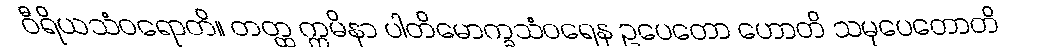
ဝီရိယသံဝရောတိ။ တတ္ထ ဣမိနာ ပါတိမောက္ခသံဝရေန ဥပေတော ဟောတိ သမုပေတောတိ